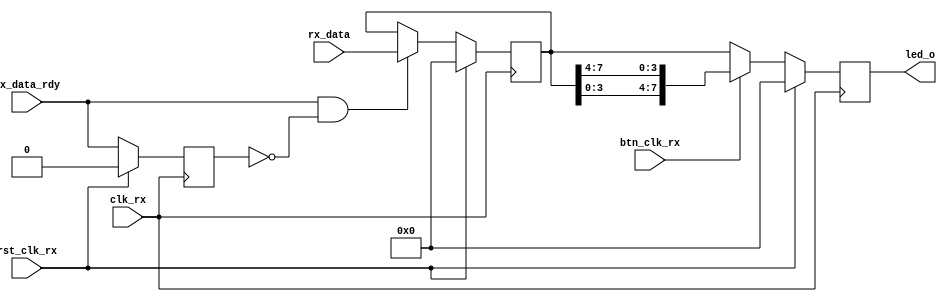
//-----------------------------------------------------------------------------
//  
//  Copyright (c) 2009 Xilinx Inc.
//
//  Project  : Programmable Wave Generator
//  Module   : led_ctl.v
//  Parent   : uart_led.v
//  Children : None
//
//  Description: 
//     LED output generator
//
//  Parameters:
//     None
//
//  Local Parameters:
//
//  Notes       : 
//
//  Multicycle and False Paths
//    None
//

`timescale 1ns/1ps


module led_ctl (
  // Write side inputs
  input            clk_rx,       // Clock input
  input            rst_clk_rx,   // Active HIGH reset - synchronous to clk_rx

  input            btn_clk_rx,   // Button to swap low and high pins

  input      [7:0] rx_data,      // 8 bit data output
                                 //  - valid when rx_data_rdy is asserted
  input            rx_data_rdy,  // Ready signal for rx_data

  output reg [7:0] led_o         // The LED outputs
);


//***************************************************************************
// Parameter definitions
//***************************************************************************

//***************************************************************************
// Reg declarations
//***************************************************************************

  reg             old_rx_data_rdy;
  reg  [7:0]      char_data;

//***************************************************************************
// Wire declarations
//***************************************************************************

//***************************************************************************
// Code
//***************************************************************************

  always @(posedge clk_rx)
  begin
    if (rst_clk_rx)
    begin
      old_rx_data_rdy <= 1'b0;
      char_data       <= 8'b0;
      led_o           <= 8'b0;
    end
    else
    begin
      // Capture the value of rx_data_rdy for edge detection
      old_rx_data_rdy <= rx_data_rdy;

      // If rising edge of rx_data_rdy, capture rx_data
      if (rx_data_rdy && !old_rx_data_rdy)
      begin
        char_data <= rx_data;
      end

      // Output the normal data or the data with high and low swapped
      if (btn_clk_rx)
        led_o <= {char_data[3:0],char_data[7:4]};
      else
        led_o <= char_data;
    end // if !rst
  end // always


endmodule